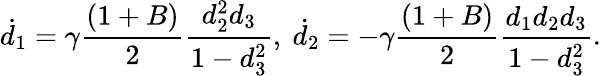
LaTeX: \dot{d}_{1}=\gamma\frac{(1+B)}{2}\frac{d_{2}^{2}d_{3}}{1-d_{3}^{2}},~\dot{d}_{2}=-\gamma\frac{(1+B)}{2}\frac{d_{1}d_{2}d_{3}}{1-d_{3}^{2}}.